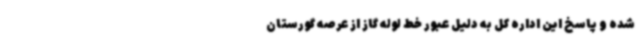
شده و پاسخ این اداره کل به دلیل عبور خط لوله گاز از عرصه گورستان